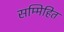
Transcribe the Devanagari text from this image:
सम्मिहित